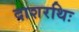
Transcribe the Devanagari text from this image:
दाशरथिः